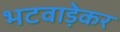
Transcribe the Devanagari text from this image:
भटवाड़ेकर